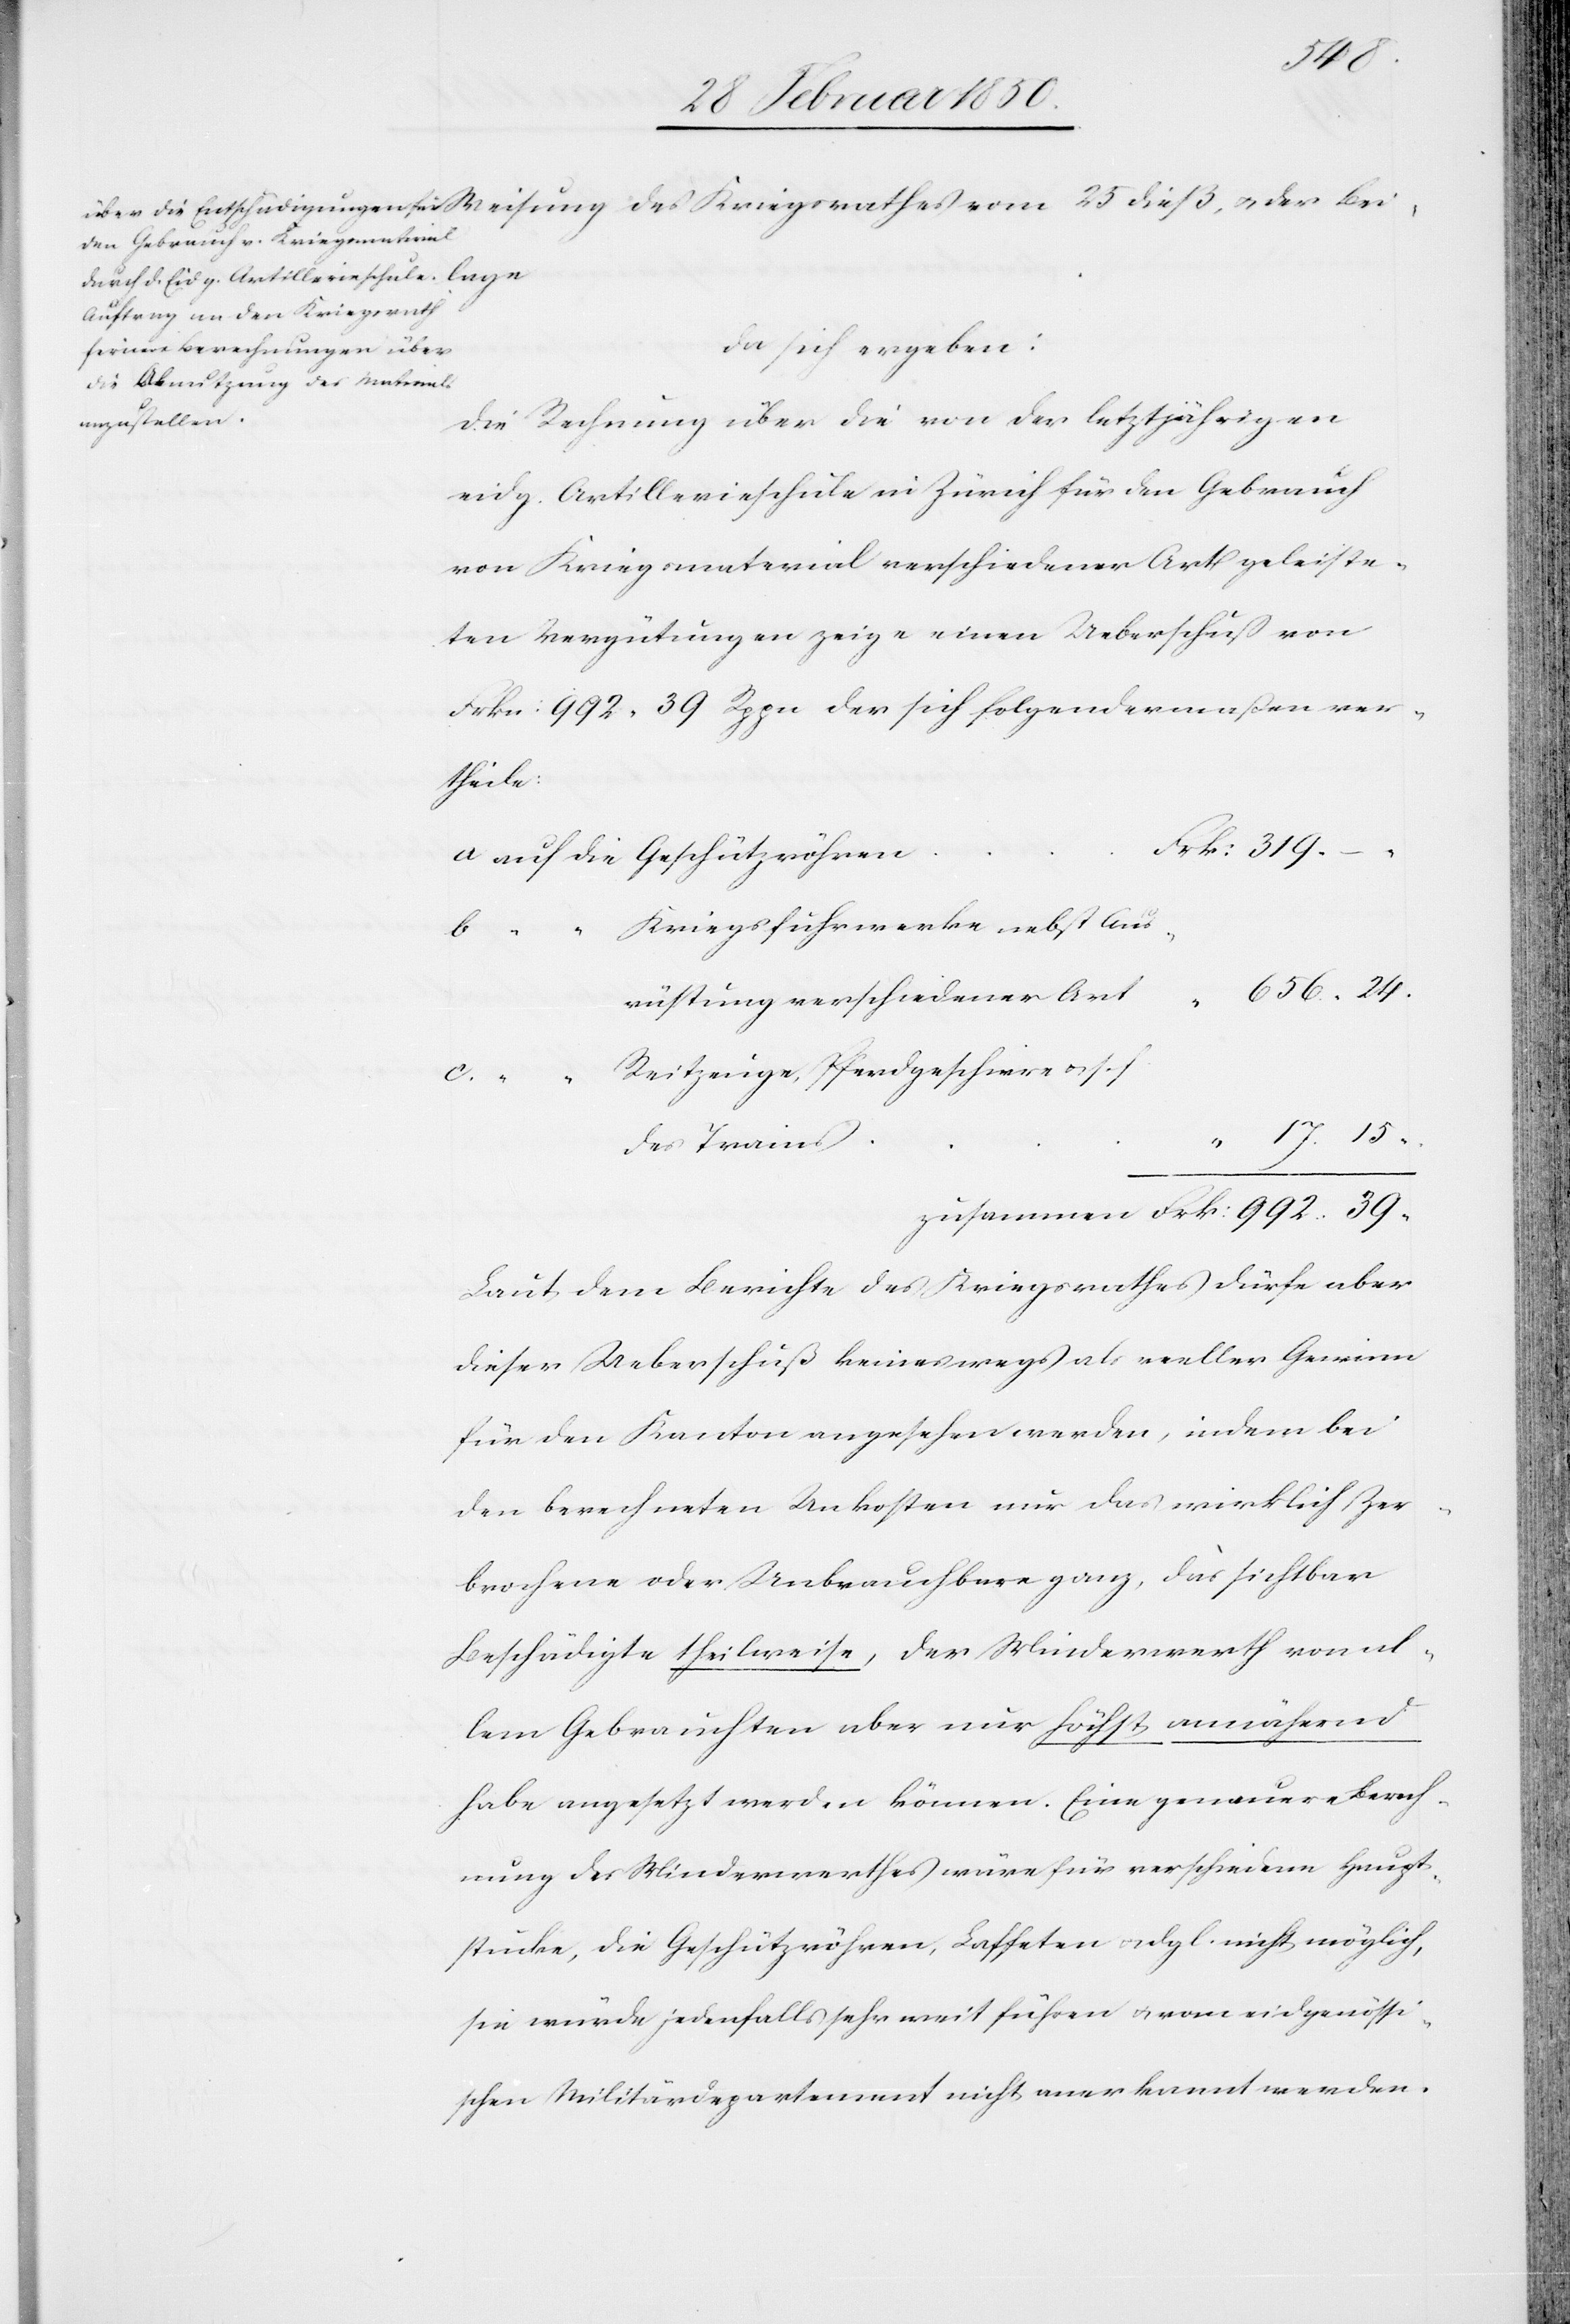
39
da sich ergeben:
zusammen
Die Rechnung über die von der letztjährigen
eidg. Artillerieschule in Zürich für den Gebrauch
von Kriegsmaterial verschiedener Art geleiste¬
ten Vergütungen zeige einen Ueberschuß von
Frkn: 992. 39 Rppn der sich folgendermaßen ver¬
theile:
Kriegsfuhrwerke nebst Aus¬
“ “
Reitzeuge, Pferdgeschirre u. s. f.
des Trains
Laut dem Berichte des Kriegsrathes dürfe aber
dieser Ueberschuß keineswegs als reeller Gewinn
für den Kanton angesehen werden, indem bei
den berechneten Unkosten nur das wirklich Zer¬
brochene oder Unbrauchbare ganz, das sichtbar
Beschädigte theilweise, der Minderwerth von al¬
lem Gebrauchten aber nur höchst annähernd
habe angesetzt werden können. Eine genauere Berech¬
nung des Minderwerthes wäre für verschiedene Haupt¬
stücke, die Geschützröhren, Laffeten u. dgl. nicht möglich,
sie würde jedenfalls sehr weit führen u. vom eidgenössi¬
schen Militärdepartement nicht anerkannt werden.